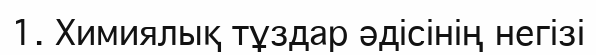
1. Химиялық тұздар әдісінің негізі